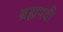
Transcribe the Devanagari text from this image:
ब्रह्मपदी